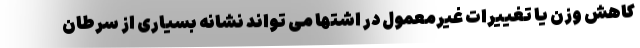
کاهش وزن یا تغییرات غیرمعمول در اشتها می تواند نشانه بسیاری از سرطان